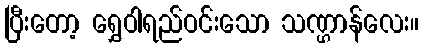
ပြီးတော့ ရွှေဝါရည်ဝင်းသော သဏ္ဌာန်လေး။